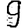
Digit: 9